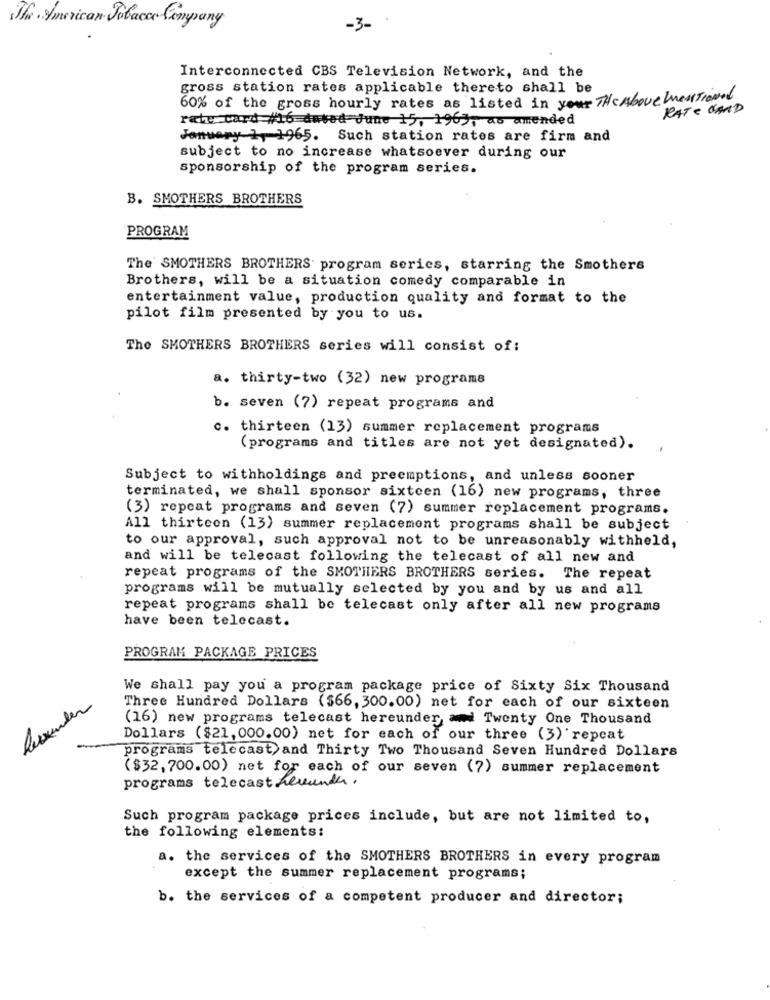
The American Tobacco Company
-3-
Interconnected CBS Television Network, and the
gross station rates applicable thereto shall be
60% of the gross hourly rates as listed in your The Above mentioned
RATE OAND
rate card #16 dused June 15, 1963, as amended
January 1, 1965. Such station rates are firm and
subject to no increase whatsoever during our
sponsorship of the program series.
B. SMOTHERS BROTHERS
PROGRAM
The SMOTHERS BROTHERS program series, starring the Smothers
Brothers, will be a situation comedy comparable in
entertainment value, production quality and format to the
pilot film presented by you to us.
The SMOTHERS BROTHERS series will consist of:
a. thirty-two (32) new programs
b. seven (7) repeat programs and
c. thirteen (13) summer replacement programs
(programs and titles are not yet designated).
Subject to withholdings and preemptions, and unless sooner
terminated, we shall sponsor sixteen (16) new programs, three
(3) repeat programs and seven (7) summer replacement programs.
All thirteen (13) summer replacement programs shall be subject
to our approval, such approval not to be unreasonably withheld,
and will be telecast following the telecast of all new and
repeat programs of the SMOTHERS BROTHERS series. The repeat
programs will be mutually selected by you and by us and all
repeat programs shall be telecast only after all new programs
have been telecast.
PROGRAM PACKAGE PRICES
We shall pay you a program package price of Sixty Six Thousand
Reisender
Three Hundred Dollars ($66, 300.00) net for each of our sixteen
(16) new programs telecast hereunder ad Twenty One Thousand
Dollars ($21, 000.00) net for each of our three (3) repeat
programs telecast, and Thirty Two Thousand Seven Hundred Dollars
($32, 700.00) net for each of our seven (7) summer replacement
programs telecast Levende .
Such program package prices include, but are not limited to,
the following elements:
a. the services of the SMOTHERS BROTHERS in every program
except the summer replacement programs;
b. the services of a competent producer and director;